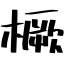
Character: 橛